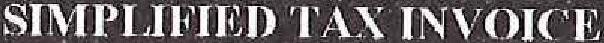
SIMPLIFIED TAX INVOICE